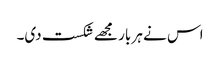
اس نے ہر بار مجھے شکست دی۔